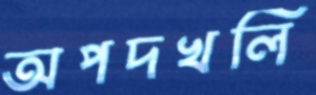
অপদখলি